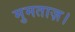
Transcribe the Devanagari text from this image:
मुमताज़।